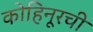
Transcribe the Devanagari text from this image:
कोहिनूरची